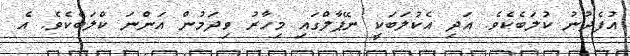
އުފެދުނު ކުލަބެކެވެ. އަދި އެކުލަބަކީ ނޭޕާލްގައި މިހާރު ވިދަމުން އަންނަ ކްލަބެކެވެ. އެ